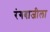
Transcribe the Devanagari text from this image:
रंगबाजीला